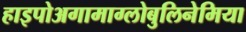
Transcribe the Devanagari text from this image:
हाइपोअगामाग्लोबुलिनेमिया